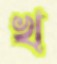
খ